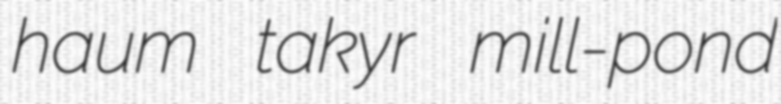
haum takyr mill-pond